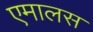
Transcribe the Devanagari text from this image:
एमालस